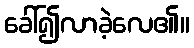
ခေါ်၍လာခဲ့လေ၏။